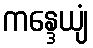
ကန္ဒေယျံ